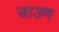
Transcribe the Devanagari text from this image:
जाउण